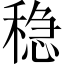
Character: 稳